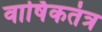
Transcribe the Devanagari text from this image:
वार्षिकतंत्र